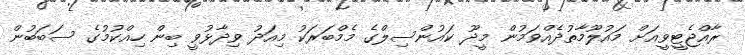
ރާއްޖެޓީވީއަށް މައުލޫމާތުދެއްވަމުން މީދޫ ކައުންސިލްގެ މެމްބަރަކު މިއަދު ވިދާޅުވީ ބިން ހިއްކުމުގެ ސަބަބުން